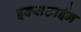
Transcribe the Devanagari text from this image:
इक्सटाईन